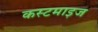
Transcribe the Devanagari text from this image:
कस्टमाइज